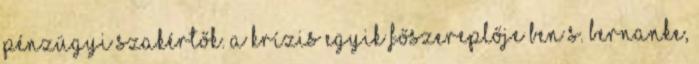
pénzügyi szakértők. A krízis egyik főszereplője Ben S. Bernanke,